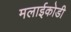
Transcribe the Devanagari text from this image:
मलाईकोडी